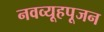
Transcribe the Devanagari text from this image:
नवव्यूहपूजन